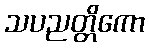
သပညတ္တိကော